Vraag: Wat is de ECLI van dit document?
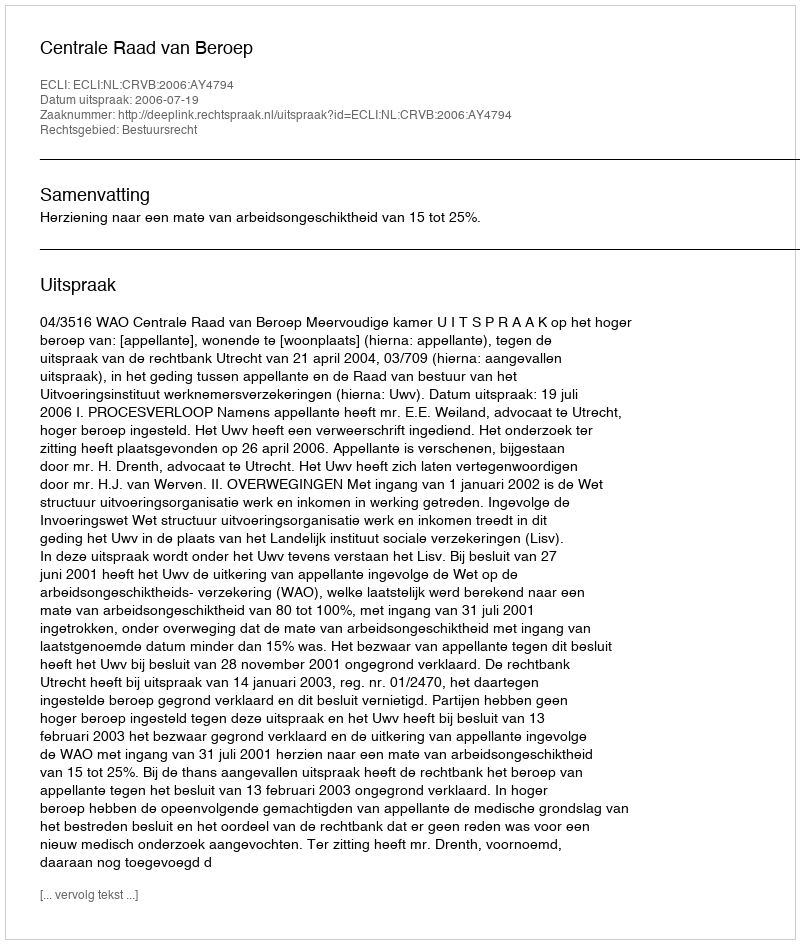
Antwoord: ECLI:NL:CRVB:2006:AY4794